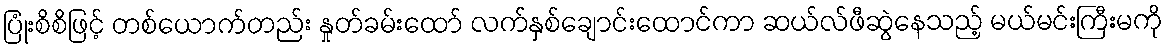
ပြုံးစိစိဖြင့် တစ်ယောက်တည်း နှုတ်ခမ်းထော် လက်နှစ်ချောင်းထောင်ကာ ဆယ်လ်ဖီဆွဲနေသည့် မယ်မင်းကြီးမကို